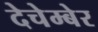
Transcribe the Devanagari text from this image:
देचेम्बेर